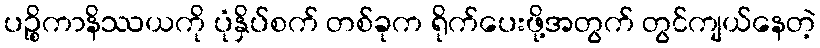
ပဉ္စိကာနိဿယကို ပုံနှိပ်စက် တစ်ခုက ရိုက်ပေးဖို့အတွက် တွင်ကျယ်နေတဲ့